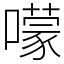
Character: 𡁏